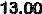
13.00